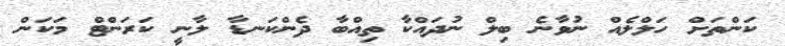
ކަންތަށް ހަލްލެއް ނުވާނެ ބިލް ނުދައްކާ ތިއްބާ ދެންކަނޑާ ލާނީ ކަރަންޓް މަކަން